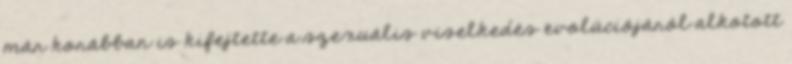
már korábban is kifejtette a szexuális viselkedés evolúciójáról alkotott